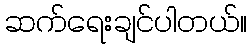
ဆက်ရေးချင်ပါတယ်။